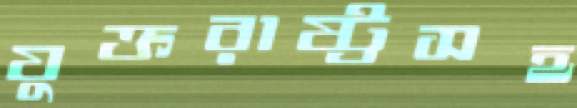
যুক্তরাষ্ট্রসহ